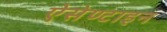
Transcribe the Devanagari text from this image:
ऐसेण्टाइन